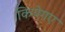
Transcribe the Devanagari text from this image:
कियेगए